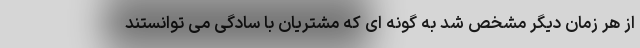
از هر زمان دیگر مشخص شد به گونه ای که مشتریان با سادگی می توانستند